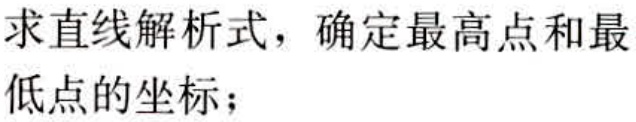
求直线解析式，确定最高点和最低点的坐标；